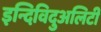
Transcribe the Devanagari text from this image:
इन्दिविदुअलिटी